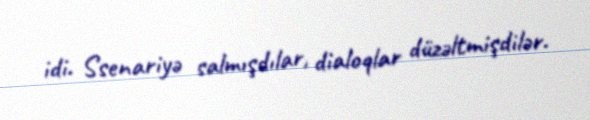
idi. Ssenariyə salmışdılar, dialoqlar düzəltmişdilər.